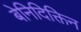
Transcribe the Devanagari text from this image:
बेनिदिक्तिन